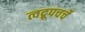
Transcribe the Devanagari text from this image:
त्वद्रूपचर्चे